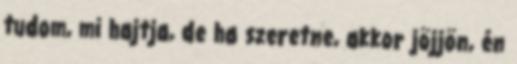
tudom, mi hajtja, de ha szeretne, akkor jöjjön, én